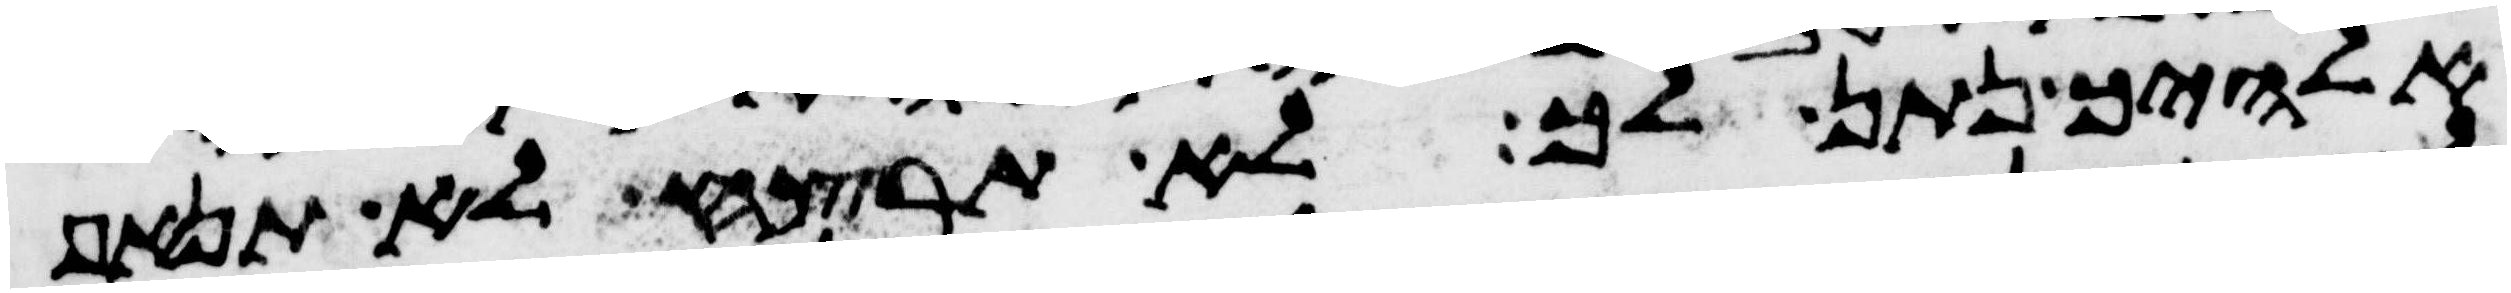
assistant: אלהיך נתן לך לא תרצח לא תנאף